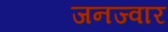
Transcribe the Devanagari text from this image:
जनज्वार